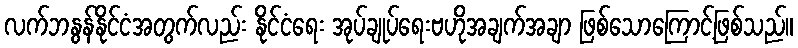
လက်ဘနွန်နိုင်ငံအတွက်လည်း နိုင်ငံရေး အုပ်ချုပ်ရေးဗဟိုအချက်အချာ ဖြစ်သောကြောင့်ဖြစ်သည်။